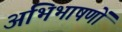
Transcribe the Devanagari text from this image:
अभिभाषणों